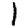
Digit: 1